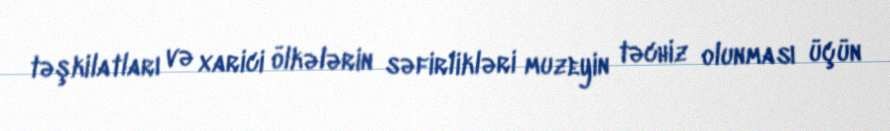
təşkilatları və xarici ölkələrin səfirlikləri muzeyin təchiz olunması üçün